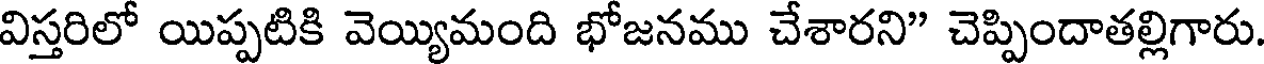
విస్తరిలో యిప్పటికి వెయ్యిమంది భోజనము చేశారని" చెప్పిందాతల్లిగారు